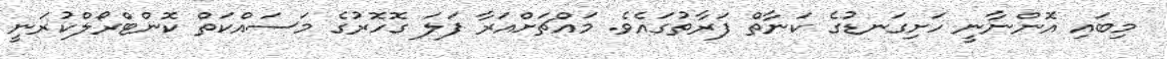
މިބައި އޮންނާނީ ހަށިގަނޑުގެ ކަނާތް ފަރާތުގައެވެ. މައްޗަށްއަރާ ފަލަ ގޮހޮރުގެ މަސައްކަތް ކޮންޓްރޯލްކުރަނީ